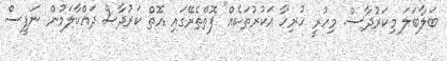
ބަލާބަލަ މިކަރުދާސް. މިހުރީ ހުރިހާ އަކުރުތަކެއް" ފޮތްތެރޭގައި އޮތް ކަރުދާސް ދައްކާލަމުން ނަފީސް